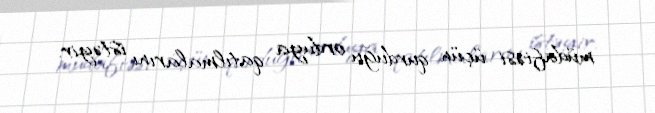
müdafiəsi üçün qurduğu orduya qatılmalarını istəyir.